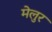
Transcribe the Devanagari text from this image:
मेलुर